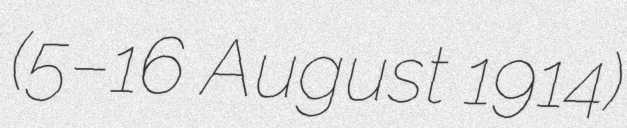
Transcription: (5–16 August 1914)